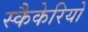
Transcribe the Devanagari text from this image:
स्कैकेरियो